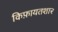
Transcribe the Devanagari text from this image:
किफ़ायतशार